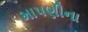
માપણીના